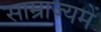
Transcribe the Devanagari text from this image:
साम्राज्यमें